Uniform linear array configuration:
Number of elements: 64
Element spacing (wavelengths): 0.75
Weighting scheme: exponential
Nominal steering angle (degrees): -30
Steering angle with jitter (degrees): -28.887
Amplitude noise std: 0.05
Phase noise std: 0.05

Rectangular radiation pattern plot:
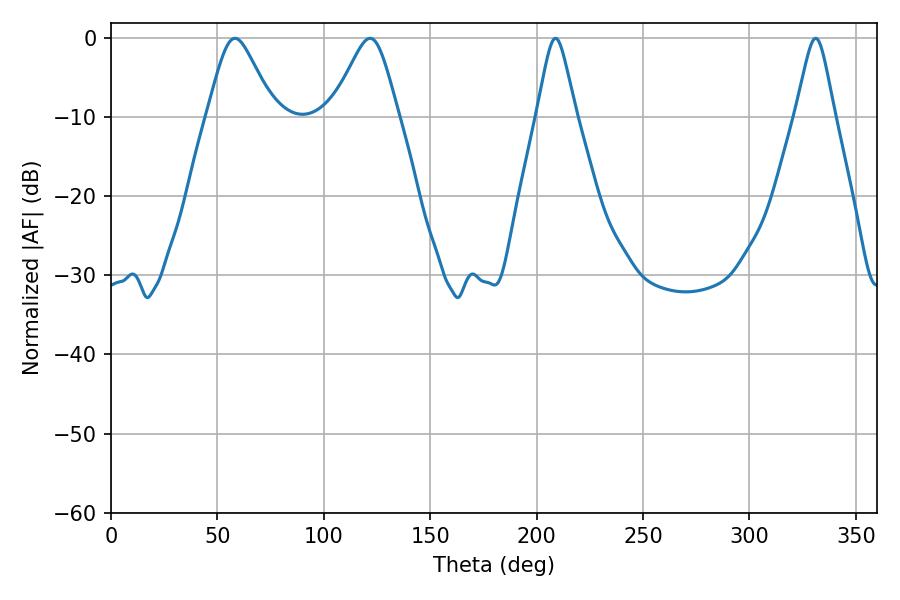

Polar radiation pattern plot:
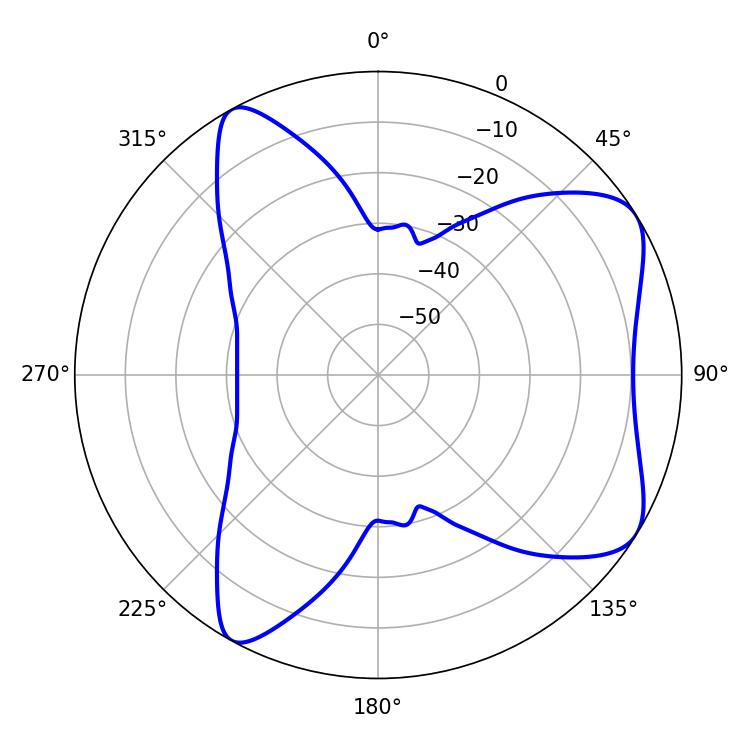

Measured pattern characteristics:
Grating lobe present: TRUE
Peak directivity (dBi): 7.041
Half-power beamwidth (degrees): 15.12
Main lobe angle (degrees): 58.32